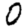
Digit: 0